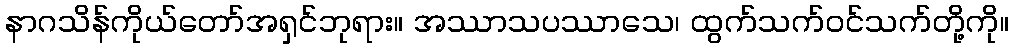
နာဂသိန်ကိုယ်တော်အရှင်ဘုရား။ အဿာသပဿာသေ၊ ထွက်သက်ဝင်သက်တို့ကို။